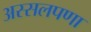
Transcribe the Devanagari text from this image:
अस्सलपणा